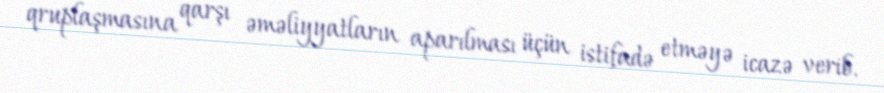
qruplaşmasına qarşı əməliyyatların aparılması üçün istifadə etməyə icazə verib.